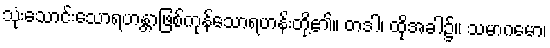
သုံးသောင်းသောရဟန္တာဖြစ်ကုန်သောရဟန်းတို့၏။ တဒါ၊ ထိုအခါ၌။ သမာဂမော၊